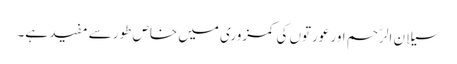
سیلان الرَّحم اور عورتوں کی کمزوری میں خاص طور سے مفید ہے۔